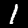
Digit: 1